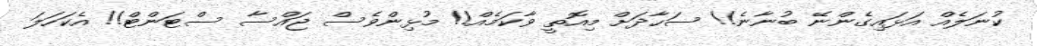
ކުނަލެއް އަޅައިގެންނޭ ބުނާނެ!! ސަހާދަށް މިއޮތީ ވާކަމެއް!! މުޅިންވެސް ޖައްސާ ސްޓަންޓް!! އެކަހަލަ